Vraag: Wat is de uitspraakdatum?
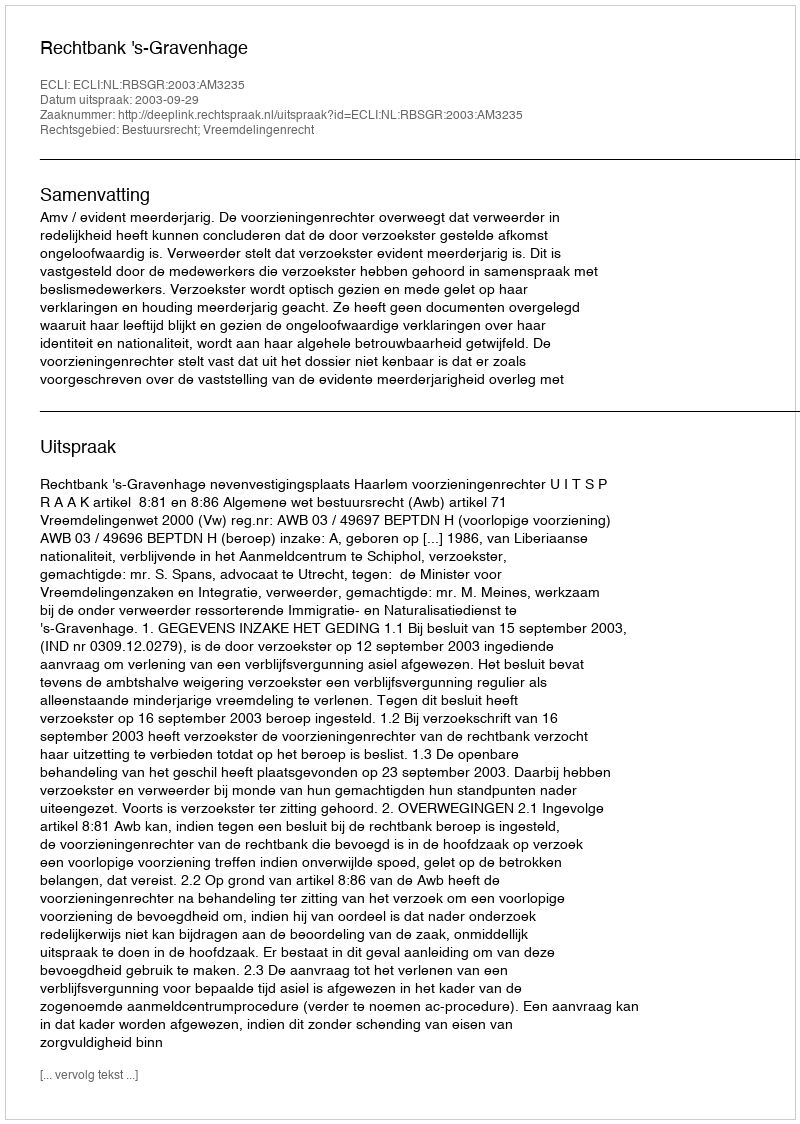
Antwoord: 2003-09-29